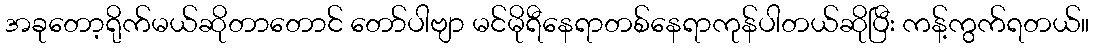
အခုတော့ရိုက်မယ်ဆိုတာတောင် တော်ပါဗျာ မင်မိုရီနေရာတစ်နေရာကုန်ပါတယ်ဆိုပြီး ကန့်ကွက်ရတယ်။